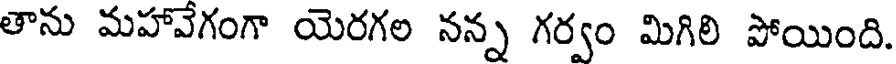
తాను మహావేగంగా యెరగల నన్న గర్వం మిగిలి పోయింది.